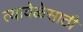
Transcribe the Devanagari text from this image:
त्यावेळेसाठी